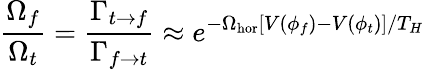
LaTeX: {\frac{\Omega_{f}}{\Omega_{t}}}={\frac{\Gamma_{t\rightarrow f}}{\Gamma_{f\rightarrow t}}}\approx e^{-\Omega_{\mathrm{hor}}[V(\phi_{f})-V(\phi_{t})]/T_{H}}